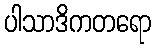
ပါသာဒိကတရော